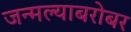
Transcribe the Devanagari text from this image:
जन्मल्याबरोबर